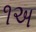
૧અ